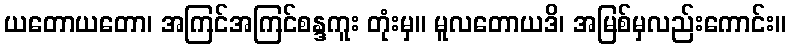
ယတောယတော၊ အကြင်အကြင်စန္ဒကူး တုံးမှ။ မူလတောယဒိ၊ အမြစ်မှလည်းကောင်း။